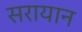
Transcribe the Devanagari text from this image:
सरायान